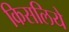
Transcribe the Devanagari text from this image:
किसलिये